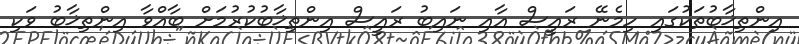
އިންތިޚާބުތަކުގައި ހިމެނޭ ރައީސް އާއި ނައިބު ރައީސް އިންތިޚާބުކުރުމަށް ބާއްވާ އިންތިޚާބު ވަކި